Regulations for the medical services of the Army of India
Year: 1930
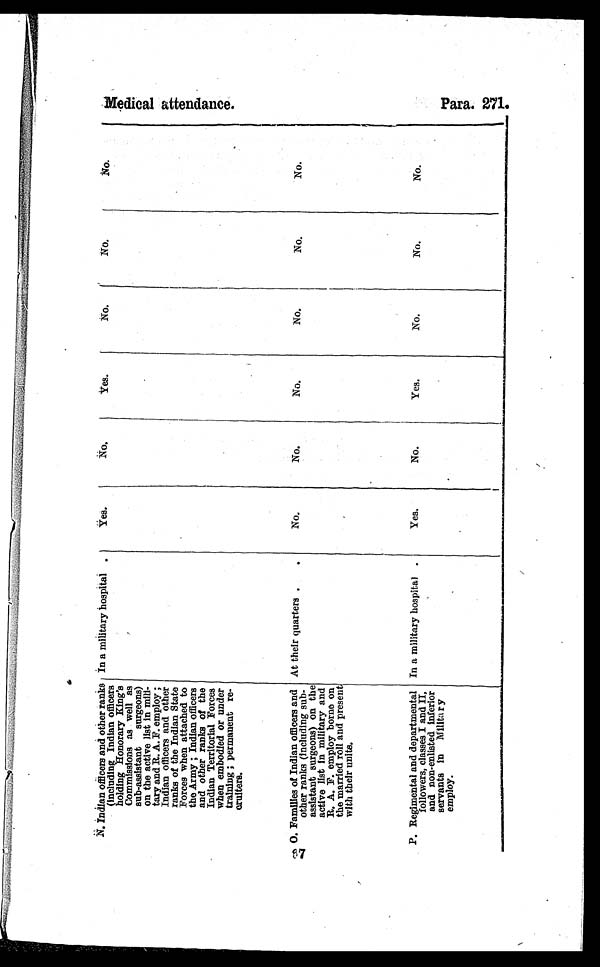
N. Indian officers and other ranks
(including Indian officers
holding Honorary King's
Commissions as well as
sub-assistant surgeons)
on the active list in mili
¬tary and R. A. F. employ ;
Indian officers and other
ranks of the Indian State
Forces when attached to
the Army ; Indian officers
and other ranks of the
Indian Territorial Forces
when embodied or under
training ; permanent re
¬ c r u i t e r s .
In a military hospital
Yes.
No.
Yes
No.
No.
No.
O. Families of Indian officers and
other ranks (including sub
¬assistant surgeons) on the
active list in military and
R. A. F. employ borne on
the married roll and present
with their units.
At their quarters .
No.
No.
No.
No.
No.
No.
P. Regimental and departmental
followers, classes I and II,
and non-enlisted inferior
servants in Militar y
employ.
In a military hospital .
Yes.
No.
Yes.
No.
No.
No.